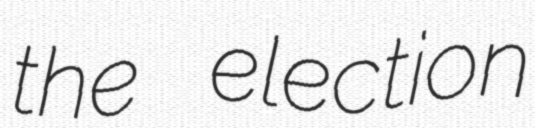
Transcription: the election